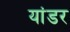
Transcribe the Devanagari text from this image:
यांडर